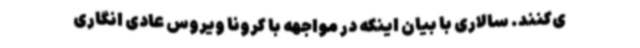
ی‌کنند. سالاری با بیان اینکه در مواجهه با کرونا ویروس عادی انگاری